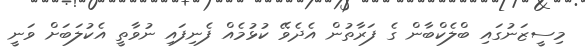
މިސީޒަނުގައި ބްލެކްބާން ގެ ފަރާތުން އެދެވޭ ކުޅުމެއް ފެނިފައި ނުވާތީ އެކުލަބަށް ވަނީ